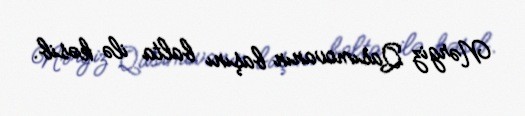
Nərgiz Qasımovanın başını balta ilə kəsib.